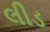
લીડ